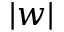
| w |